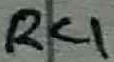
Text: R4